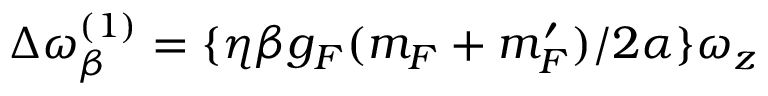
\Delta \omega _ { \beta } ^ { ( 1 ) } = \{ \eta \beta g _ { F } ( m _ { F } + m _ { F } ^ { \prime } ) / 2 \alpha \} \omega _ { z }